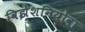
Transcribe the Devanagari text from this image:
विझेशनियोवा